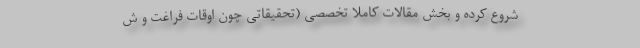
شروع کرده و بخش مقالات کاملاً تخصصی (تحقیقاتی چون اوقات فراغت و ش